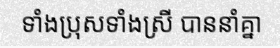
ទាំងប្រុសទាំងស្រី បាននាំគ្នា